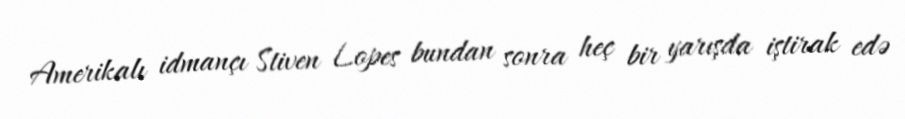
Amerikalı idmançı Stiven Lopes bundan sonra heç bir yarışda iştirak edə